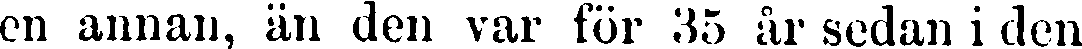
en annan, än den var för 35 år sedan i den